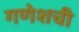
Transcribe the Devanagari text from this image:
गणेशची